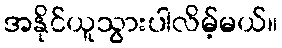
အနိုင်ယူသွားပါလိမ့်မယ်။